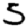
Digit: 5